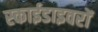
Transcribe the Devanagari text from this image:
स्काईडाइवरों